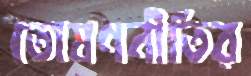
তোষণনীতির